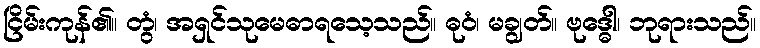
ငြိမ်းကုန်၏။ တွံ၊ အရှင်သုမေဓာရသေ့သည်။ ဓုဝံ၊ မချွတ်။ ဗုဒ္ဓေါ၊ ဘုရားသည်။